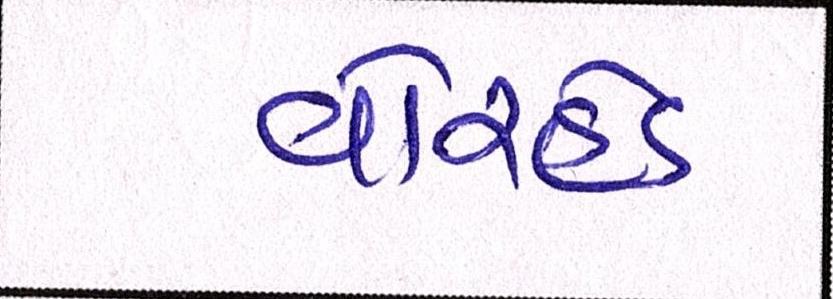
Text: વોરહેડ